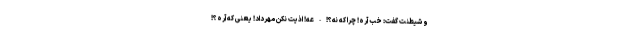
و شیطنت گفت: خب آره! چرا که نه؟! - عه! اذیت نکن مهرداد! یعنی که آره؟!